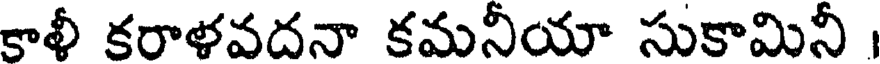
కాళీ కరాళవదనా కమనీయా సుకామినీ